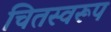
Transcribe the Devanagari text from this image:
चितस्वरूप